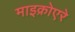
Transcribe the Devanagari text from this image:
माइक्रोएरे